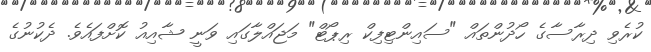
ކުރެވި ދިރާސާގެ ހޯދުންތައް "ސައިންޓިފިކް ރިޕޯޓް" މަޖައްލާގައި ވަނީ ޝާއިއު ކޮށްފައެވެ. ދެކުނުގެ